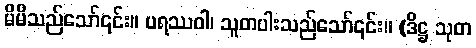
မိမိသည်သော်၎င်း။ ပရဿဝါ၊ သူတပါးသည်သော်၎င်း။ (ဒိဋ္ဌ သုတ